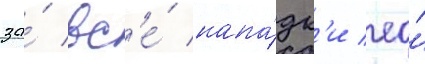
за́ вс'е́ напа́дк'и ео́